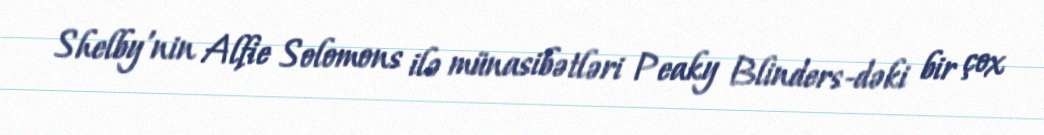
Shelby'nin Alfie Solomons ilə münasibətləri Peaky Blinders-dəki bir çox